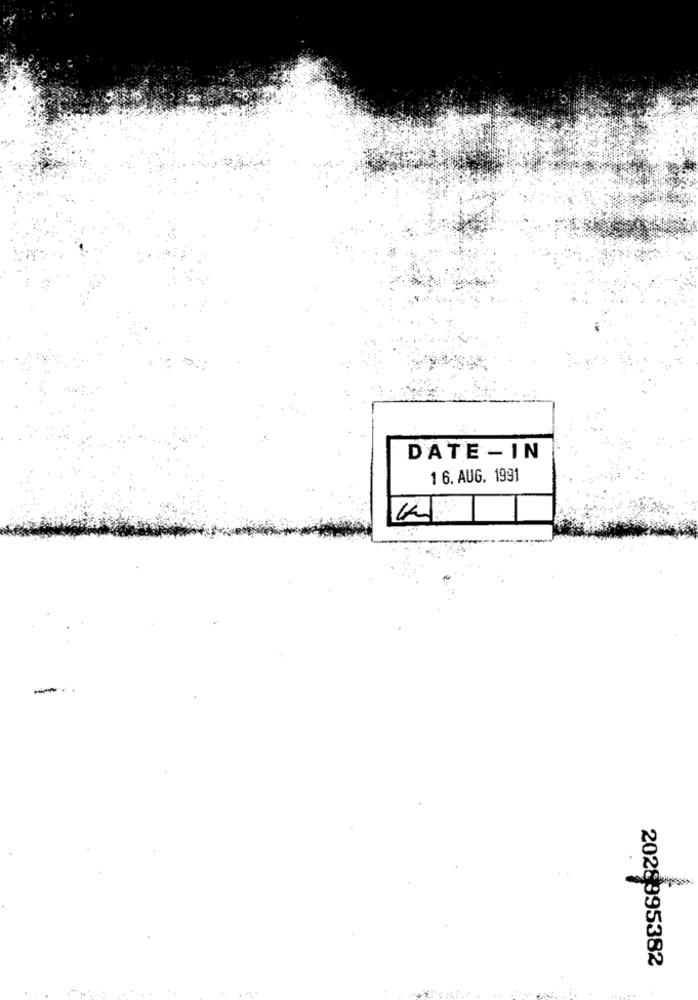
DATE - IN
1 6. AUG. 1991
2028995382